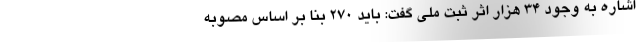
اشاره به وجود ۳۴ هزار اثر ثبت ملی گفت: باید ۲۷۰ بنا بر اساس مصوبه